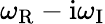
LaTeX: \omega_{\mathrm{R}}-\mathrm{i}\omega_{\mathrm{I}}